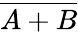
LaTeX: \overline{{A+B}}